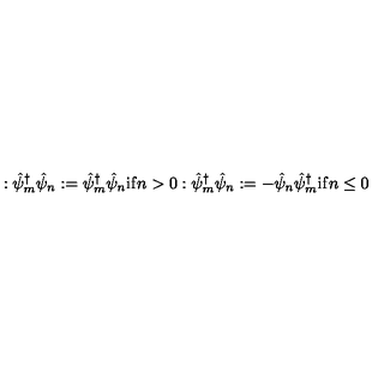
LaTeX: : { \hat { \psi } _ { m } } ^ { \dagger } \hat { \psi } _ { n } : = { \hat { \psi } _ { m } } ^ { \dagger } \hat { \psi } _ { n } { } \mathrm { i f } n > 0 : { \hat { \psi } _ { m } } ^ { \dagger } \hat { \psi } _ { n } : = - \hat { \psi } _ { n } { \hat { \psi } _ { m } } ^ { \dagger } \mathrm { i f } n \le 0